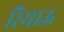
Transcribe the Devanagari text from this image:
रियाऊ